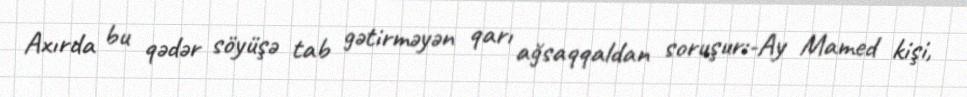
Axırda bu qədər söyüşə tab gətirməyən qarı ağsaqqaldan soruşur:-Ay Mamed kişi,